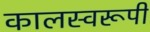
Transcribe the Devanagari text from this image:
कालस्वरूपी